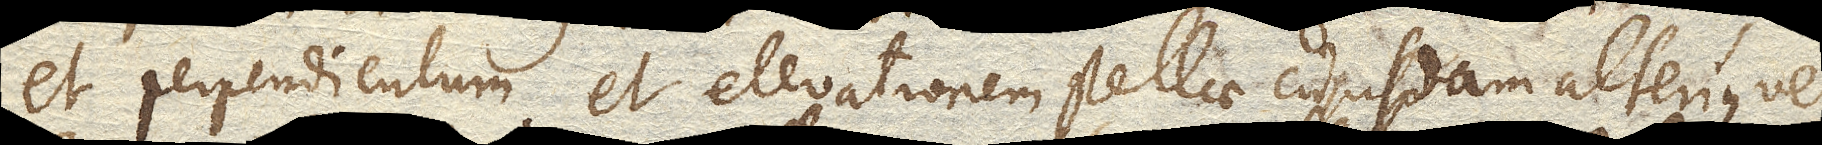
et perpendiculum et elevationem stellae cujusdam alteriusve